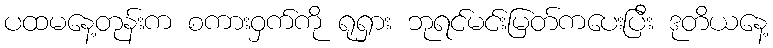
ပထမနေ့တုန်းက စကားဝှက်ကို ရုရှား ဘုရင်မင်းမြတ်ကပေးပြီး ဒုတိယနေ့